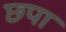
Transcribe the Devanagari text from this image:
छ्पा